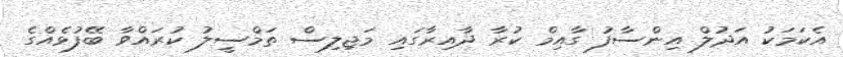
އެކަމަކު އަދުލް އިންސާފު ގާއިމް ކުރާ ދާއިރާގައި މަޖިލިސް ތަމްސީލު ކުރައްވާ ބޭފުޅެއްގެ